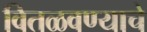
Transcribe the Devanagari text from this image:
वितळवण्याचे